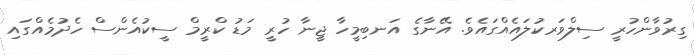
ގިރުވާންހުރީ ސިލްވަރކުލައެއްގައެވެ. އޭނާގެ އަނބިމީހާ ޖީނާ ހުރީ މަޑު ކްރީމް ސީކުއެންސް ހެދުމެއްގައި